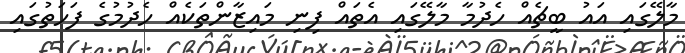
މާލޭގައި އައު ބީޗެއް ހެދުމާ މާލޭގައި އެތައް ފިނި މައިޒާންތަކެއް ހެދުމުގެ ފަހަތުގައި